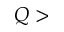
Q >